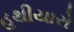
હથીયારો